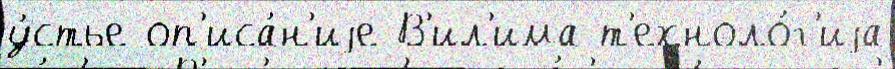
у́стье оп'иса́н'иjе В'ил'има т'ехноло́г'иjа